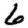
Digit: 6